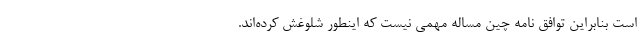
است بنابراین توافق نامه چین مساله مهمی نیست که اینطور شلوغش کرده‌اند.